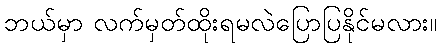
ဘယ်မှာ လက်မှတ်ထိုးရမလဲပြောပြနိုင်မလား။